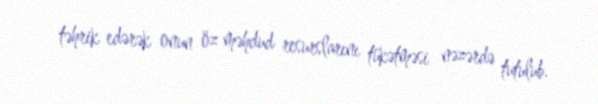
təhrik edərək onun öz məhdud resurslarını tükətməsi nəzərdə tutulub.